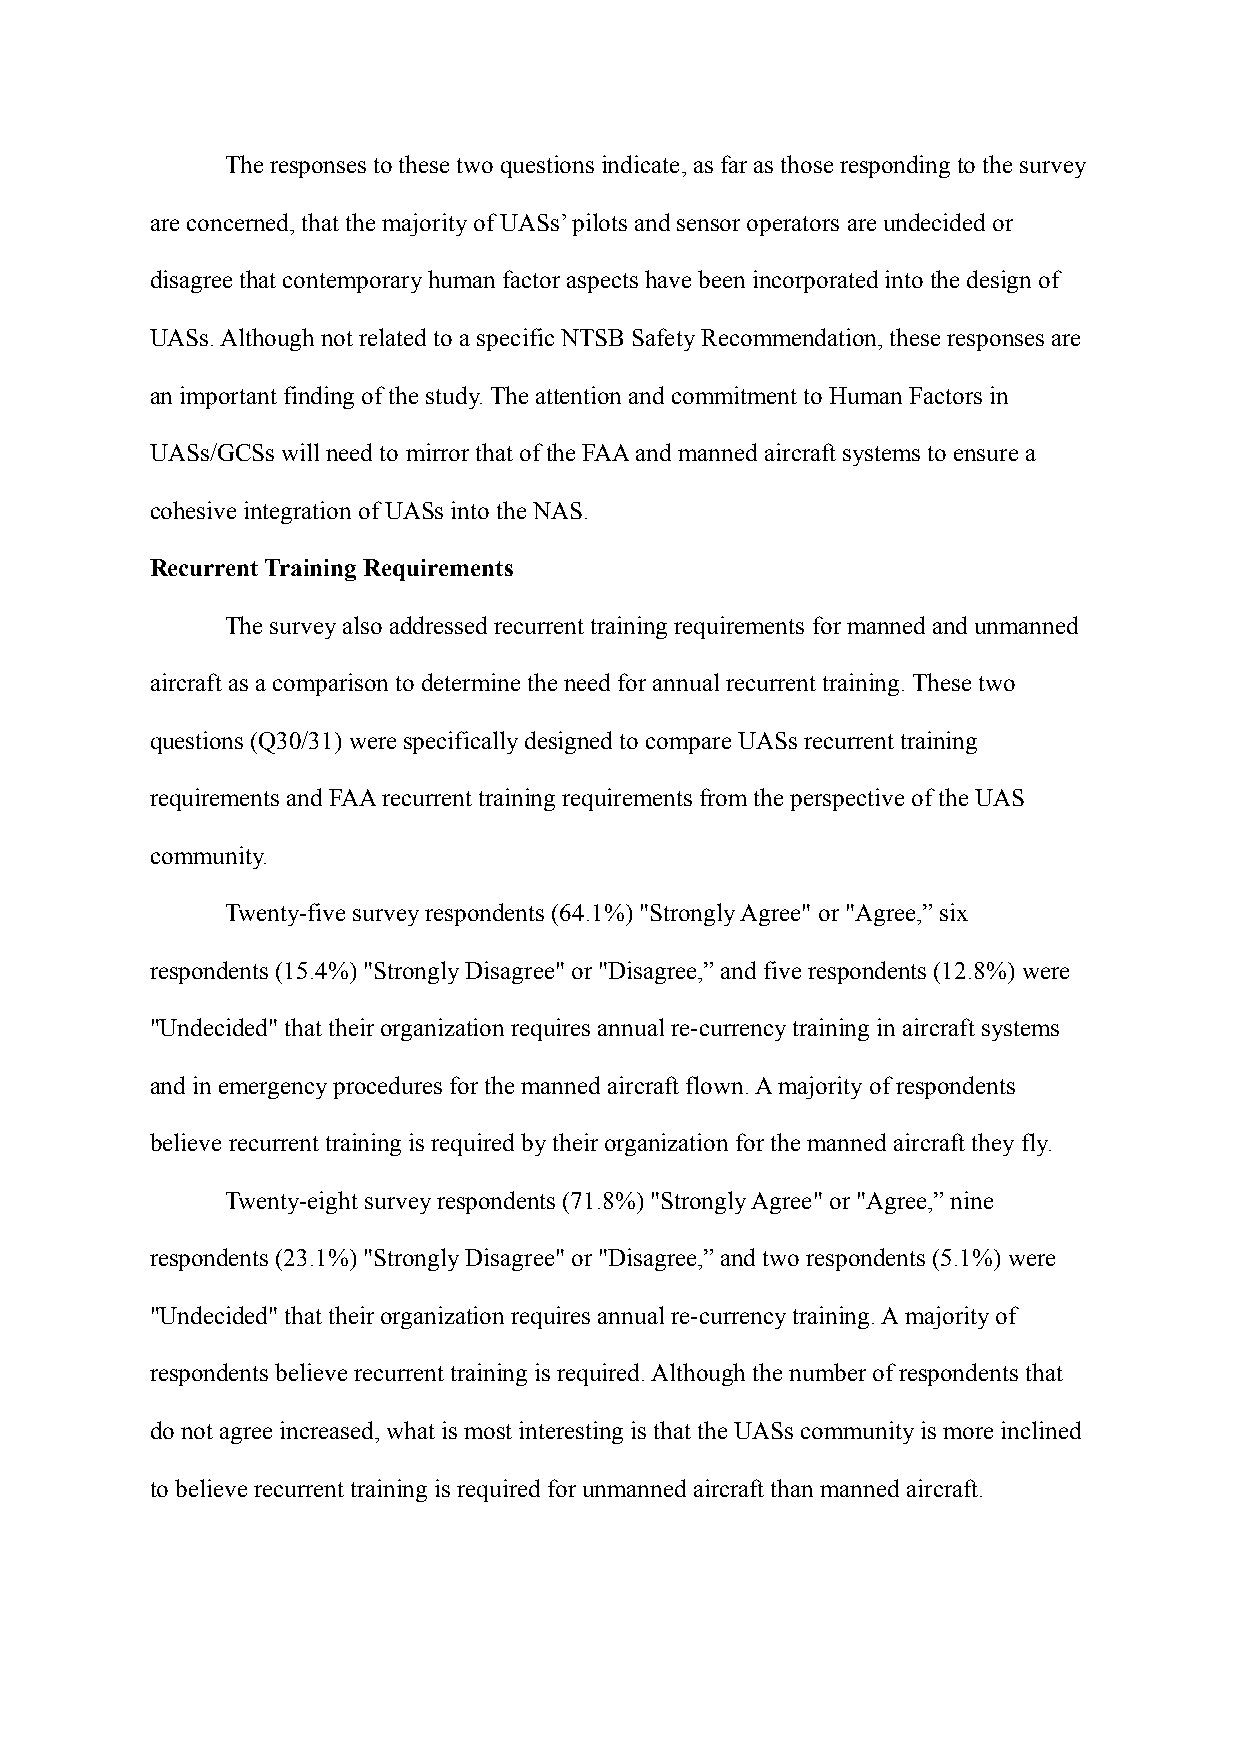
The responses to these two questions indicate, as far as those responding to the survey
 are concerned, that the majority of UASs’ pilots and sensor operators are undecided or
 disagree that contemporary human factor aspects have been incorporated into the design of
 UASs. Although not related to a specific NTSB Safety Recommendation, these responses are
 an important finding of the study. The attention and commitment to Human Factors in
 UASs/GCSs will need to mirror that of the FAA and manned aircraft systems to ensure a
 cohesive integration of UASs into the NAS.
 Recurrent Training Requirements
 The survey also addressed recurrent training requirements for manned and unmanned
 aircraft as a comparison to determine the need for annual recurrent training. These two
 questions (Q30/31) were specifically designed to compare UASs recurrent training
 requirements and FAA recurrent training requirements from the perspective of the UAS
 community.
 Twenty-five survey respondents (64.1%) "Strongly Agree" or "Agree,” six
 respondents (15.4%) "Strongly Disagree" or "Disagree,” and five respondents (12.8%) were
 "Undecided" that their organization requires annual re-currency training in aircraft systems
 and in emergency procedures for the manned aircraft flown. A majority of respondents
 believe recurrent training is required by their organization for the manned aircraft they fly.
 Twenty-eight survey respondents (71.8%) "Strongly Agree" or "Agree,” nine
 respondents (23.1%) "Strongly Disagree" or "Disagree,” and two respondents (5.1%) were
 "Undecided" that their organization requires annual re-currency training. A majority of
 respondents believe recurrent training is required. Although the number of respondents that
 do not agree increased, what is most interesting is that the UASs community is more inclined
 to believe recurrent training is required for unmanned aircraft than manned aircraft.